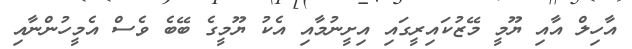
އާހިލް އާއި ޔޫމީ މޭޒުކައިރީގައި އިށީނުމާއި އެކު ޔޫމީގެ ބޭބެ ވެސް އެމީހުންނާއި